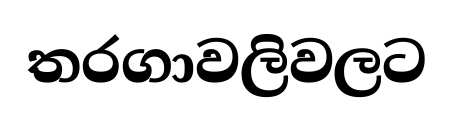
තරගාවලිවලට